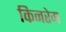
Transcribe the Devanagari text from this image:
किनरेम